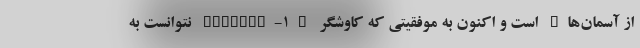
از آسمان‌ها" است و اکنون به موفقیتی که کاوشگر "Yinguo-1" نتوانست به